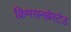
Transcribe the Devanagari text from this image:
क्रिमसनब्रेस्टेड